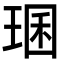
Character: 㻒